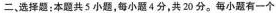
二. 选择题：本题共5小题，每小题4分，共20分。每小题有一个